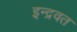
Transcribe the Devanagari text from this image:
इन्द्रवत